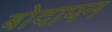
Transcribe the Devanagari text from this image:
बोदापन